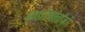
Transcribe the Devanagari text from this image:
आइडियोलॉजी